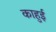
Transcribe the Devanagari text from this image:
काहुई